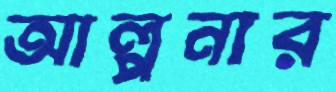
আল্পনার